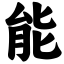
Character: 能